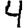
Digit: 4